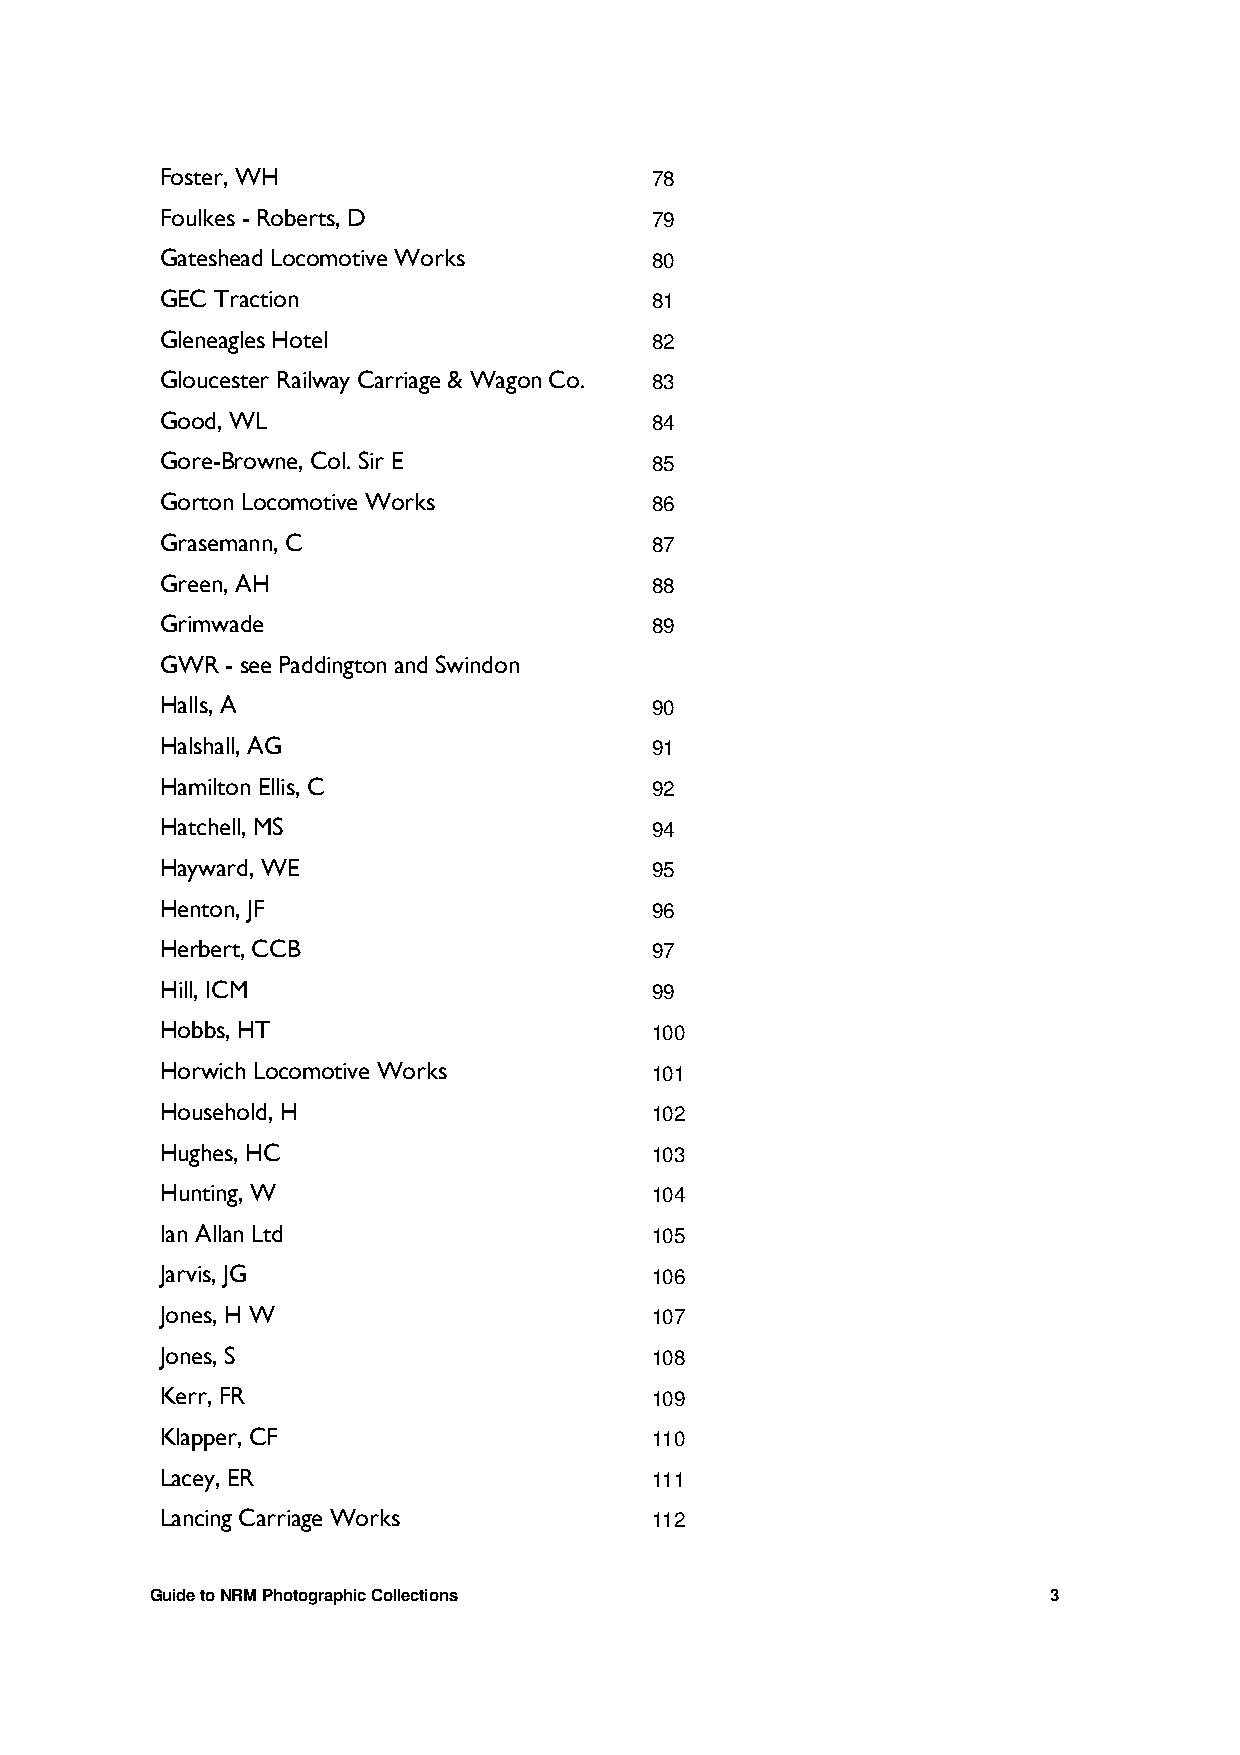
Foster, WH                      78
 Foulkes - Roberts, D            79
 Gateshead Locomotive Works      80
 GEC Traction                    81
 Gleneagles Hotel                82
 Gloucester Railway Carriage & Wagon Co. 83
 Good, WL                        84
 Gore-Browne, Col. Sir E         85
 Gorton Locomotive Works         86
 Grasemann, C                    87
 Green, AH                       88
 Grimwade                        89
 GWR - see Paddington and Swindon
 Halls, A                        90
 Halshall, AG                    91
 Hamilton Ellis, C               92
 Hatchell, MS                    94
 Hayward, WE                     95
 Henton, JF                      96
 Herbert, CCB                    97
 Hill, ICM                       99
 Hobbs, HT                       100
 Horwich Locomotive Works        101
 Household, H                    102
 Hughes, HC                      103
 Hunting, W                      104
 Ian Allan Ltd                   105
 Jarvis, JG                      106
 Jones, H W                      107
 Jones, S                        108
 Kerr, FR                        109
 Klapper, CF                     110
 Lacey, ER                       111
 Lancing Carriage Works          112
 Guide to NRM Photographic Collections                       3